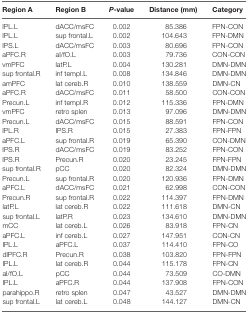
<table><thead><tr><td><b>Region A</b></td><td><b>Region B</b></td><td><b><i>P</i>-value</b></td><td><b>Distance (mm)</b></td><td><b>Category</b></td></tr></thead><tbody><tr><td>IPL.L</td><td>dACC/msFC</td><td>0.002</td><td>85.386</td><td>FPN-CON</td></tr><tr><td>IPL.L</td><td>sup frontal.L</td><td>0.002</td><td>104.643</td><td>FPN-DMN</td></tr><tr><td>IPS.L</td><td>dACC/msFC</td><td>0.003</td><td>80.696</td><td>FPN-CON</td></tr><tr><td>aPFC.R</td><td>aI/fO.L</td><td>0.003</td><td>79.736</td><td>CON-CON</td></tr><tr><td>vmPFC</td><td>latP.L</td><td>0.004</td><td>130.281</td><td>DMN-DMN</td></tr><tr><td>sup frontal.R</td><td>inf templ.L</td><td>0.008</td><td>134.846</td><td>DMN-DMN</td></tr><tr><td>amPFC</td><td>lat cereb.R</td><td>0.010</td><td>138.559</td><td>DMN-CN</td></tr><tr><td>aPFC.R</td><td>dACC/msFC</td><td>0.011</td><td>58.500</td><td>CON-CON</td></tr><tr><td>Precun.L</td><td>inf templ.R</td><td>0.012</td><td>115.336</td><td>FPN-DMN</td></tr><tr><td>vmPFC</td><td>retro splen</td><td>0.013</td><td>97.096</td><td>DMN-DMN</td></tr><tr><td>Precun.L</td><td>dACC/msFC</td><td>0.015</td><td>88.591</td><td>FPN-CON</td></tr><tr><td>IPL.R</td><td>IPS.R</td><td>0.015</td><td>27.383</td><td>FPN-FPN</td></tr><tr><td>aPFC.L</td><td>sup frontal.R</td><td>0.019</td><td>65.390</td><td>CON-DMN</td></tr><tr><td>IPS.R</td><td>dACC/msFC</td><td>0.019</td><td>83.252</td><td>FPN-CON</td></tr><tr><td>IPS.R</td><td>Precun.R</td><td>0.020</td><td>23.245</td><td>FPN-FPN</td></tr><tr><td>sup frontal.R</td><td>pCC</td><td>0.020</td><td>82.324</td><td>DMN-DMN</td></tr><tr><td>Precun.L</td><td>sup frontal.R</td><td>0.020</td><td>120.936</td><td>FPN-DMN</td></tr><tr><td>aPFC.L</td><td>dACC/msFC</td><td>0.021</td><td>62.998</td><td>CON-CON</td></tr><tr><td>Precun.R</td><td>sup frontal.R</td><td>0.022</td><td>114.397</td><td>FPN-DMN</td></tr><tr><td>latP.L</td><td>lat cereb.R</td><td>0.022</td><td>111.618</td><td>DMN-CN</td></tr><tr><td>sup frontal.L</td><td>latP.R</td><td>0.023</td><td>134.610</td><td>DMN-DMN</td></tr><tr><td>mCC</td><td>lat cereb.L</td><td>0.026</td><td>83.918</td><td>FPN-CN</td></tr><tr><td>aPFC.L</td><td>inf cereb.L</td><td>0.027</td><td>147.951</td><td>CON-CN</td></tr><tr><td>IPL.L</td><td>aPFC.L</td><td>0.037</td><td>114.410</td><td>FPN-CO</td></tr><tr><td>dlPFC.R</td><td>Precun.R</td><td>0.038</td><td>103.820</td><td>FPN-FPN</td></tr><tr><td>IPL.L</td><td>lat cereb.R</td><td>0.044</td><td>115.178</td><td>FPN-CN</td></tr><tr><td>aI/fO.L</td><td>pCC</td><td>0.044</td><td>73.509</td><td>CO-DMN</td></tr><tr><td>IPL.L</td><td>aPFC.R</td><td>0.044</td><td>137.908</td><td>FPN-CON</td></tr><tr><td>parahippo.R</td><td>retro splen</td><td>0.047</td><td>43.527</td><td>DMN-DMN</td></tr><tr><td>sup frontal.L</td><td>lat cereb.L</td><td>0.048</td><td>144.127</td><td>DMN-CN</td></tr></tbody></table>